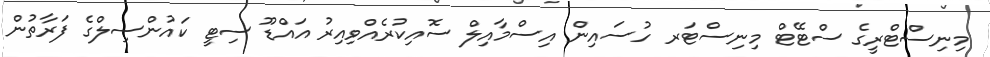
މިނިސްޓްރީގެ ސްޓޭޓް މިނިސްޓަރ ހުސައިން އިސްމާއިލް ސޮއިކުރެއްވިއިރު އައްޑޫ ސިޓީ ކައުންސިލްގެ ފަރާތުން